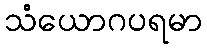
သံယောဂပရမာ